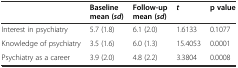
|  | Baseline mean (sd) | Follow-up mean (sd) | t | p value |
 | --- | --- | --- | --- | --- |
 | Interest in psychiatry | 5.7 (1.8) | 6.1 (2.0) | 1.6133 | 0.1077 |
 | Knowledge of psychiatry | 3.5 (1.6) | 6.0 (1.3) | 15.4053 | 0.0001 |
 | Psychiatry as a career | 3.9 (2.0) | 4.8 (2.2) | 3.3804 | 0.0008 |